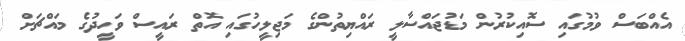
އެއްބަސް ވުމުގައި ސޮއިކުރުން މަޑުޖައްސާލީ ރައްޔިތުންގެ މަޖިލީހުގައި އޮތް ރައީސް ވަހީދުގެ މައްޗަށް